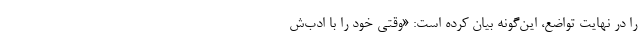
را در نهایتِ تواضع، این‌گونه بیان کرده است: «وقتی خود را با ادب‌ش